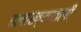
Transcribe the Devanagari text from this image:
इलाख्यातली